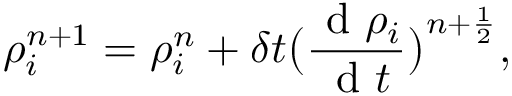
\rho _ { i } ^ { n + 1 } = \rho _ { i } ^ { n } + \delta t \big ( \frac { \mathrm { ~ d ~ } \rho _ { i } } { \mathrm { ~ d ~ } t } \big ) ^ { n + \frac { 1 } { 2 } } ,